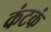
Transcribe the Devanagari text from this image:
कंटकं